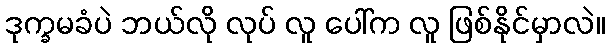
ဒုက္ခမခံပဲ ဘယ်လို လုပ် လူ ပေါ်က လူ ဖြစ်နိုင်မှာလဲ။